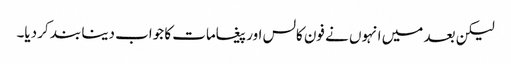
لیکن بعد میں انہوں نے فون کالس اور پیغامات کا جواب دینا بند کر دیا۔